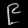
Digit: ၉